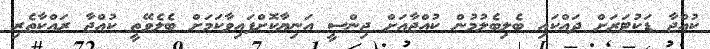
ކުއްޖާ ޑަކުޓަރަށް ދައްކައި ބެލިބެލުމުން ކުއްޖާއަށް ޖިންސީ އަނިޔާކޮށްފައިވާކަމަށް ބެލެވޭތީ ކުއްޖާ ރައްކާތެރި